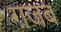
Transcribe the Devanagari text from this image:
ग़जब